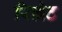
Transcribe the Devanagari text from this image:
रिग्रेट